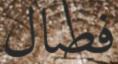
فصال